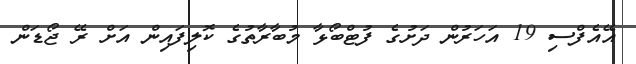
އޭއެފްސި 19 އަހަރުން ދަށުގެ ފުޓްބޯޅާ މުބާރާތުގެ ކޮލިފައިން އަށް ރޭ ޖޯޑަން